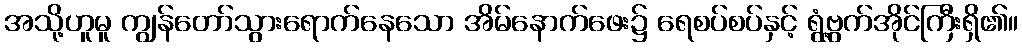
အသို့ဟူမူ ကျွန်တော်သွားရောက်နေသော အိမ်နောက်ဖေး၌ ရေစပ်စပ်နှင့် ရွံ့ဗွက်အိုင်ကြီးရှိ၏။